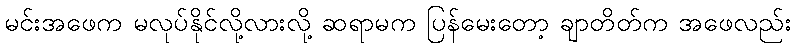
မင်းအဖေက မလုပ်နိုင်လို့လားလို့ ဆရာမက ပြန်မေးတော့ ချာတိတ်က အဖေလည်း